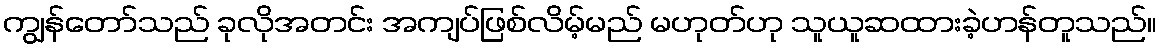
ကျွန်တော်သည် ခုလိုအတင်း အကျပ်ဖြစ်လိမ့်မည် မဟုတ်ဟု သူယူဆထားခဲ့ဟန်တူသည်။